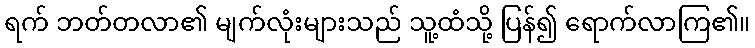
ရက် ဘတ်တလာ၏ မျက်လုံးများသည် သူ့ထံသို့ ပြန်၍ ရောက်လာကြ၏။